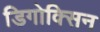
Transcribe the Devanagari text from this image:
डिगोक्सिन